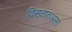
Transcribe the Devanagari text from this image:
दिसतातअसा